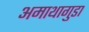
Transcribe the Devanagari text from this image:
अमाथागुडा